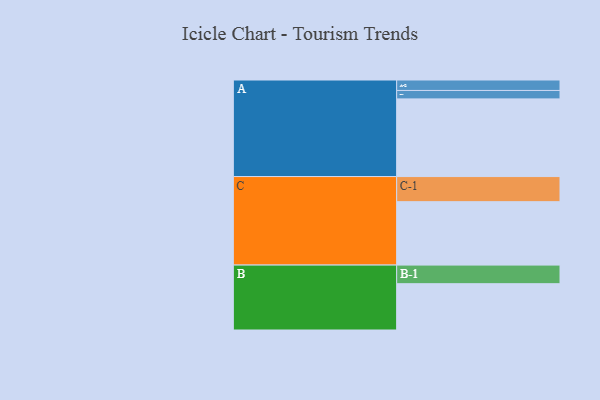
{"axis": {"x": "Segment", "y": "Value"}, "legend": ["", "A", "B", "C"], "data": [{"x": "A", "y": 572, "type": ""}, {"x": "B", "y": 341, "type": ""}, {"x": "C", "y": 467, "type": ""}, {"x": "A-1", "y": 62, "type": "A"}, {"x": "A-2", "y": 77, "type": "A"}, {"x": "B-1", "y": 137, "type": "B"}, {"x": "C-1", "y": 185, "type": "C"}]}